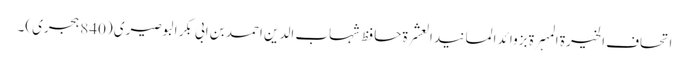
اتحاف الخیرۃ المہرۃ بزوائد المسانید العشرۃ حافظ شہاب الدین احمد بن ابی بکر البوصیری (840 ہجری)۔